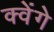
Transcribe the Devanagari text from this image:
क्वेंगे